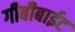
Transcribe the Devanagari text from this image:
गीबीबाईट